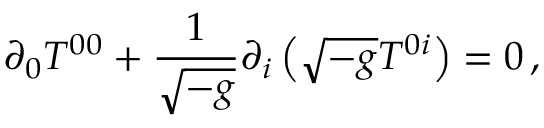
\partial _ { 0 } T ^ { 0 0 } + \frac { 1 } { \sqrt { - g } } \partial _ { i } \left( \sqrt { - g } T ^ { 0 i } \right) = 0 \, ,